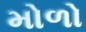
મોળો